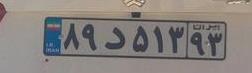
۸۹د۵۱۳۹۳